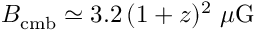
B _ { \mathrm { c m b } } \simeq 3 . 2 \, ( 1 + z ) ^ { 2 } ~ \mu \mathrm { G }